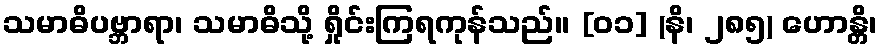
သမာဓိပဗ္ဘာရာ၊ သမာဓိသို့ ရှိုင်းကြရကုန်သည်။ [၀၁] (နိ၊ ၂၈၅) ဟောန္တိ၊